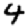
Digit: 4